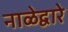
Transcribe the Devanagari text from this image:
नाळेद्वारे